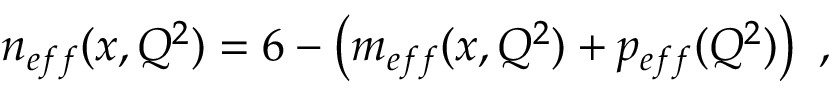
n _ { e f f } ( x , Q ^ { 2 } ) = 6 - \left( m _ { e f f } ( x , Q ^ { 2 } ) + p _ { e f f } ( Q ^ { 2 } ) \right) \ ,